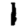
Digit: 1